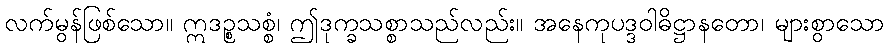
လက်မွန်ဖြစ်သော။ ဣဒဉ္စသစ္စံ၊ ဤဒုက္ခသစ္စာသည်လည်း။ အနေကုပဒ္ဒဝါဓိဋ္ဌာနတော၊ များစွာသော